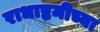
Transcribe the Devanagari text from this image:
राधाष्टमीच्या